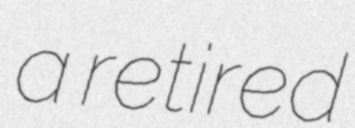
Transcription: a retired